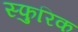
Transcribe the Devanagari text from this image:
स्फुरिक